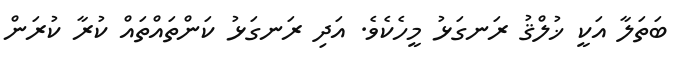
ބަތަލާ އަކީ ޚުލްޤު ރަނގަޅު މީހެކެވެ. އަދި ރަނގަޅު ކަންތައްތައް ކުރާ ކުރަން